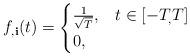
LaTeX: \begin{align*}f_{,\textbf{i}}(t) &= \begin{cases}\frac{1}{\sqrt{T}},& t \in [-T_,T]\\0,& \end{cases}\end{align*}